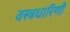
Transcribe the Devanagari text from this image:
वस्त्रधारिणी